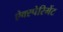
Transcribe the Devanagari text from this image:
ऐक्स्पेरिमेंट